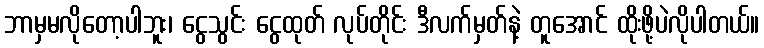
ဘာမှမလိုတော့ပါဘူး၊ ငွေသွင်း ငွေထုတ် လုပ်တိုင်း ဒီလက်မှတ်နဲ့ တူအောင် ထိုးဖို့ပဲလိုပါတယ်။